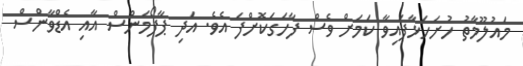
މައުލޫމާތު ހުށަހަޅާފައިވާ ކަމަށް ވެސް ފާހަގަކޮށްފަ އެވެ. އަދި ޕާފޯމަންސް އާއި އެޑްވާންސް